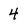
Character: 4